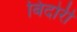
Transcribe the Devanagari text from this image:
बिंदोरी